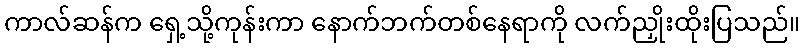
ကာလ်ဆန်က ရှေ့သို့ကုန်းကာ နောက်ဘက်တစ်နေရာကို လက်ညှိုးထိုးပြသည်။